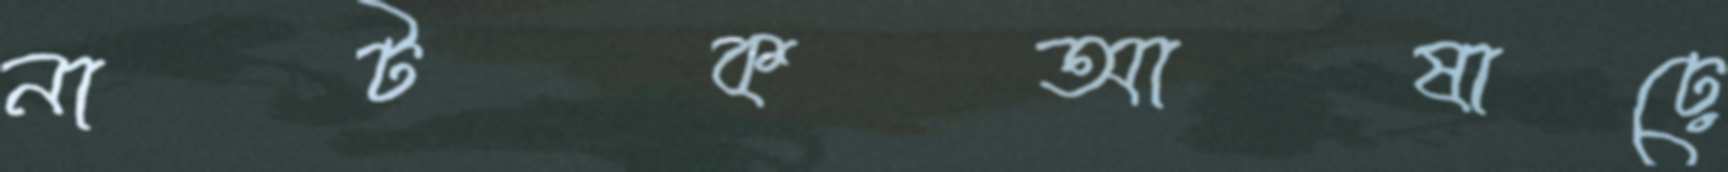
নাটকআষাঢ়ে